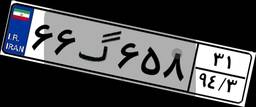
۴۶گ۷۳۱۵۰